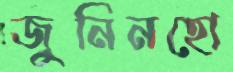
জুনিনহো